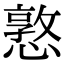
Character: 憝